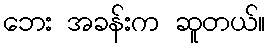
ဘေး အခန်းက ဆူတယ်။